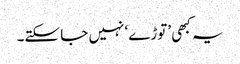
یہ کبھی ’توڑے‘ نہیں جا سکتے۔